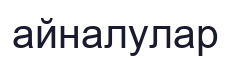
айналулар